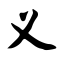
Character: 义